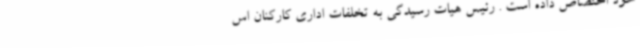
خود اختصاص داده است . رئیس هیات رسیدگی به تخلفات اداری کارکنان اس